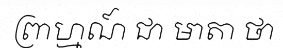
ព្រាហ្មណ៍ ជា មាតា ថា